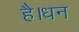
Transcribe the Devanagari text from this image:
है।धन